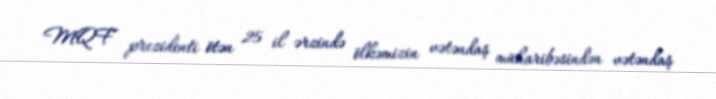
MQF prezidenti ötən 25 il ərzində ölkəmizin vətəndaş müharibəsindən vətəndaş